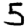
Digit: 5